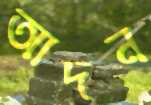
আদন